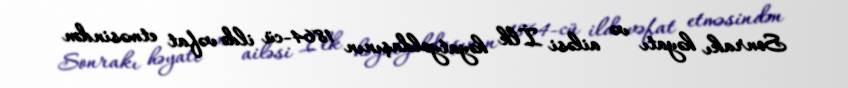
Sonrakı həyatı və ailəsi İlk həyatyoldaşının 1864-cü ildə vəfat etməsindən